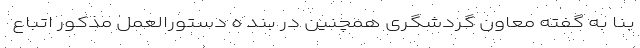
بنا به گفته معاون گردشگری همچنین در بند ه دستورالعمل مذکور اتباع